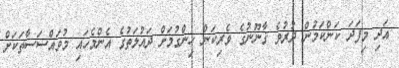
އަދި މިފަދަ ކަންކަމުން ދުރުވެ ޤާނޫނުގެ ވެރިކަން ހިންގުމަށް ދައުލަތުގެ އެންމެހައި މުވައްސަސާތަކަށް